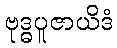
ဗုဒ္ဓပူဇာယိဒံ